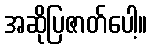
အဆိုပြဇာတ်ပေါ့။